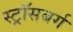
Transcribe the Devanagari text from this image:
स्ट्रॉसबर्ग